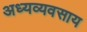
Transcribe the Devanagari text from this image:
अध्यव्यवसाय